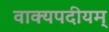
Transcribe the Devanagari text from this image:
वाक्यपदीयम्